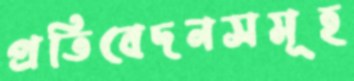
প্রতিবেদনসমূহ